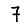
Digit: 7